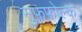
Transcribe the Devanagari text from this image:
सुफफोल्क